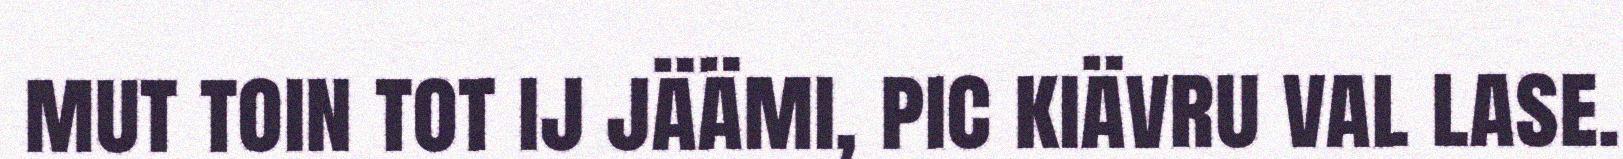
mut toin tot ij jäämi, pic kiävru val lase.